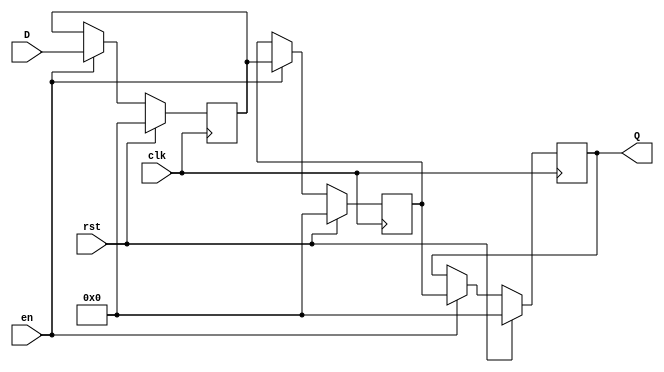
module pipeline_buffer #(
    parameter DATA_WIDTH = 8,  // Width of the data bus
    parameter DEPTH = 2         // Number of pipeline stages
)(
    input wire clk,             // Clock signal
    input wire rst,             // Synchronous reset signal
    input wire en,              // Enable signal
    input wire [DATA_WIDTH-1:0] D, // Data input
    output reg [DATA_WIDTH-1:0] Q  // Data output
);

    // Internal storage for the pipeline buffer
    reg [DATA_WIDTH-1:0] buffer [0:DEPTH-1];

    integer i;

    // Synchronous reset and data latching
    always @(posedge clk) begin
        if (rst) begin
            // Clear all stages of the buffer on reset
            for (i = 0; i < DEPTH; i = i + 1) begin
                buffer[i] <= {DATA_WIDTH{1'b0}}; // Initialize to zero
            end
            Q <= {DATA_WIDTH{1'b0}}; // Clear output
        end else if (en) begin
            // Shift data through the pipeline
            buffer[0] <= D; // Latch input data into the first stage
            for (i = 1; i < DEPTH; i = i + 1) begin
                buffer[i] <= buffer[i-1]; // Shift data to the next stage
            end
            Q <= buffer[DEPTH-1]; // Output the last stage data
        end
    end

endmodule